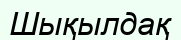
Шықылдақ